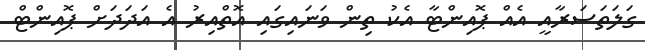
ގަލަތަސަރާއީ އެއް ޕޮއިންޓާ އެކު ތިން ވަނައިގައި އޮތްއިރު އެ އަދަދަށް ޕޮއިންޓް